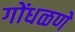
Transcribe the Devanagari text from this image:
गोंधळणे